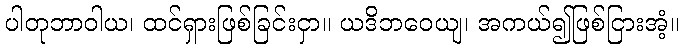
ပါတုဘာဝါယ၊ ထင်ရှားဖြစ်ခြင်းငှာ။ ယဒိဘဝေယျ၊ အကယ်၍ဖြစ်ငြားအံ့။